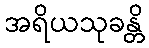
အရိယသုခန္တိ